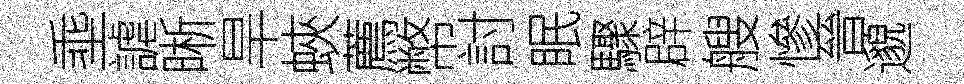
埀謔晰旱蛺薦幣討眠驟辟艘慘晉邈